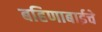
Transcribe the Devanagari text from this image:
बहिणाबाईचे